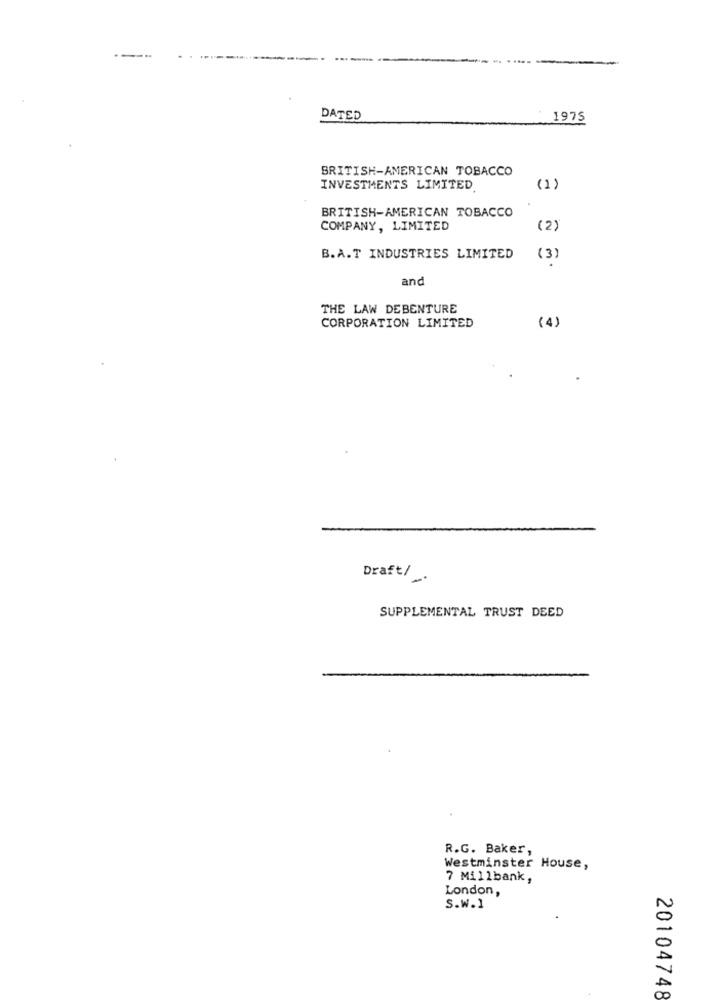
----
DATED
1975
BRITISH-AMERICAN TOBACCO
INVESTMENTS LIMITED
(1)
BRITISH-AMERICAN TOBACCO
COMPANY, LIMITED
(2)
B.A.T INDUSTRIES LIMITED
(3)
and
THE LAW DEBENTURE
CORPORATION LIMITED
(4)
Draft/ .
SUPPLEMENTAL TRUST DEED
R.G. Baker,
Westminster House,
7 Millbank,
London,
S.W.1
20104748